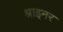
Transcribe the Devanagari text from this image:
श्राइनर